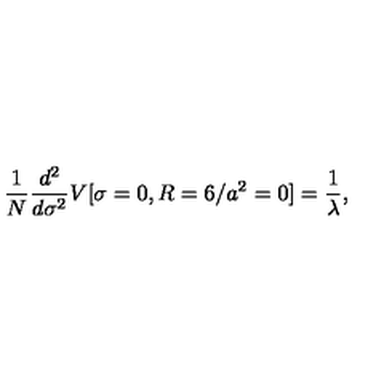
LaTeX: \frac { 1 } { N } \frac { d ^ { 2 } } { d \sigma ^ { 2 } } V [ \sigma = 0 , R = 6 / a ^ { 2 } = 0 ] = \frac { 1 } { \lambda } ,